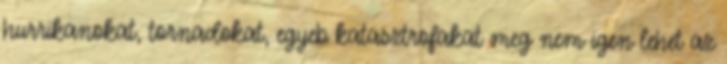
hurrikanokat, tornadokat, egyeb katasztrofakat meg nem igen lehet az